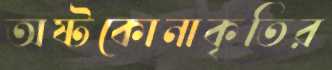
অষ্টকোনাকৃতির